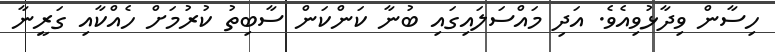
ހިސާން ވިދާޅުވިއެވެ. އަދި މައްސަލައިގައި ބުނާ ކަންކަން ސާބިތު ކުރުމަށް ހެއްކާއި ގަރީނާ